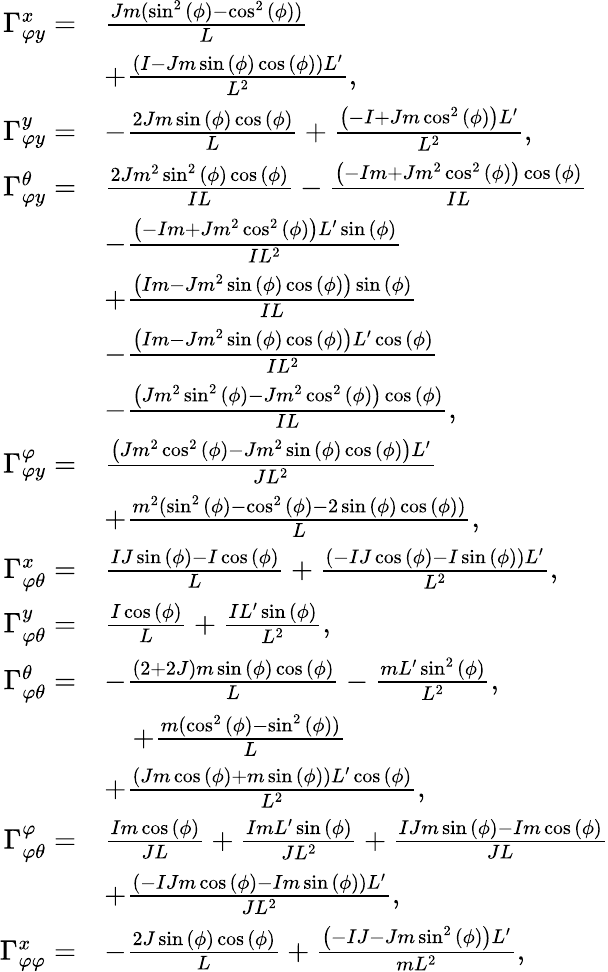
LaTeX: \begin{array}{rl}{\Gamma_{\varphi y}^{x}=}&{\frac{Jm(\sin^{2}{\left(\phi\right)}-\cos^{2}{\left(\phi\right)})}{L}}\\ &{+\frac{\left(I-Jm\sin{\left(\phi\right)}\cos{\left(\phi\right)}\right)L^{\prime}}{L^{2}},}\\ {\Gamma_{\varphi y}^{y}=}&{-\frac{2Jm\sin{\left(\phi\right)}\cos{\left(\phi\right)}}{L}+\frac{\left(-I+Jm\cos^{2}{\left(\phi\right)}\right)L^{\prime}}{L^{2}},}\\ {\Gamma_{\varphi y}^{\theta}=}&{\frac{2Jm^{2}\sin^{2}{\left(\phi\right)}\cos{\left(\phi\right)}}{IL}-\frac{\left(-Im+Jm^{2}\cos^{2}{\left(\phi\right)}\right)\cos{\left(\phi\right)}}{IL}}\\ &{-\frac{\left(-Im+Jm^{2}\cos^{2}{\left(\phi\right)}\right)L^{\prime}\sin{\left(\phi\right)}}{IL^{2}}}\\ &{+\frac{\left(Im-Jm^{2}\sin{\left(\phi\right)}\cos{\left(\phi\right)}\right)\sin{\left(\phi\right)}}{IL}}\\ &{-\frac{\left(Im-Jm^{2}\sin{\left(\phi\right)}\cos{\left(\phi\right)}\right)L^{\prime}\cos{\left(\phi\right)}}{IL^{2}}}\\ &{-\frac{\left(Jm^{2}\sin^{2}{\left(\phi\right)}-Jm^{2}\cos^{2}{\left(\phi\right)}\right)\cos{\left(\phi\right)}}{IL},}\\ {\Gamma_{\varphi y}^{\varphi}=}&{\frac{\left(Jm^{2}\cos^{2}{\left(\phi\right)}-Jm^{2}\sin{\left(\phi\right)}\cos{\left(\phi\right)}\right)L^{\prime}}{JL^{2}}}\\ &{+\frac{m^{2}(\sin^{2}{\left(\phi\right)}-\cos^{2}{\left(\phi\right)}-2\sin{\left(\phi\right)}\cos{\left(\phi\right)})}{L},}\\ {\Gamma_{\varphi\theta}^{x}=}&{\frac{IJ\sin{\left(\phi\right)}-I\cos{\left(\phi\right)}}{L}+\frac{\left(-IJ\cos{\left(\phi\right)}-I\sin{\left(\phi\right)}\right)L^{\prime}}{L^{2}},}\\ {\Gamma_{\varphi\theta}^{y}=}&{\frac{I\cos{\left(\phi\right)}}{L}+\frac{IL^{\prime}\sin{\left(\phi\right)}}{L^{2}},}\\ {\Gamma_{\varphi\theta}^{\theta}=}&{-\frac{(2+2J)m\sin{\left(\phi\right)}\cos{\left(\phi\right)}}{L}-\frac{mL^{\prime}\sin^{2}{\left(\phi\right)}}{L^{2}},}\\ &{\quad+\frac{m(\cos^{2}{\left(\phi\right)}-\sin^{2}{\left(\phi\right)})}{L}}\\ &{+\frac{\left(Jm\cos{\left(\phi\right)}+m\sin{\left(\phi\right)}\right)L^{\prime}\cos{\left(\phi\right)}}{L^{2}},}\\ {\Gamma_{\varphi\theta}^{\varphi}=}&{\frac{Im\cos{\left(\phi\right)}}{JL}+\frac{ImL^{\prime}\sin{\left(\phi\right)}}{JL^{2}}+\frac{IJm\sin{\left(\phi\right)}-Im\cos{\left(\phi\right)}}{JL}}\\ &{+\frac{\left(-IJm\cos{\left(\phi\right)}-Im\sin{\left(\phi\right)}\right)L^{\prime}}{JL^{2}},}\\ {\Gamma_{\varphi\varphi}^{x}=}&{-\frac{2J\sin{\left(\phi\right)}\cos{\left(\phi\right)}}{L}+\frac{\left(-IJ-Jm\sin^{2}{\left(\phi\right)}\right)L^{\prime}}{mL^{2}},}\end{array}